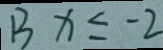
B x \leq - 2